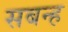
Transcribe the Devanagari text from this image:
सबन्ह